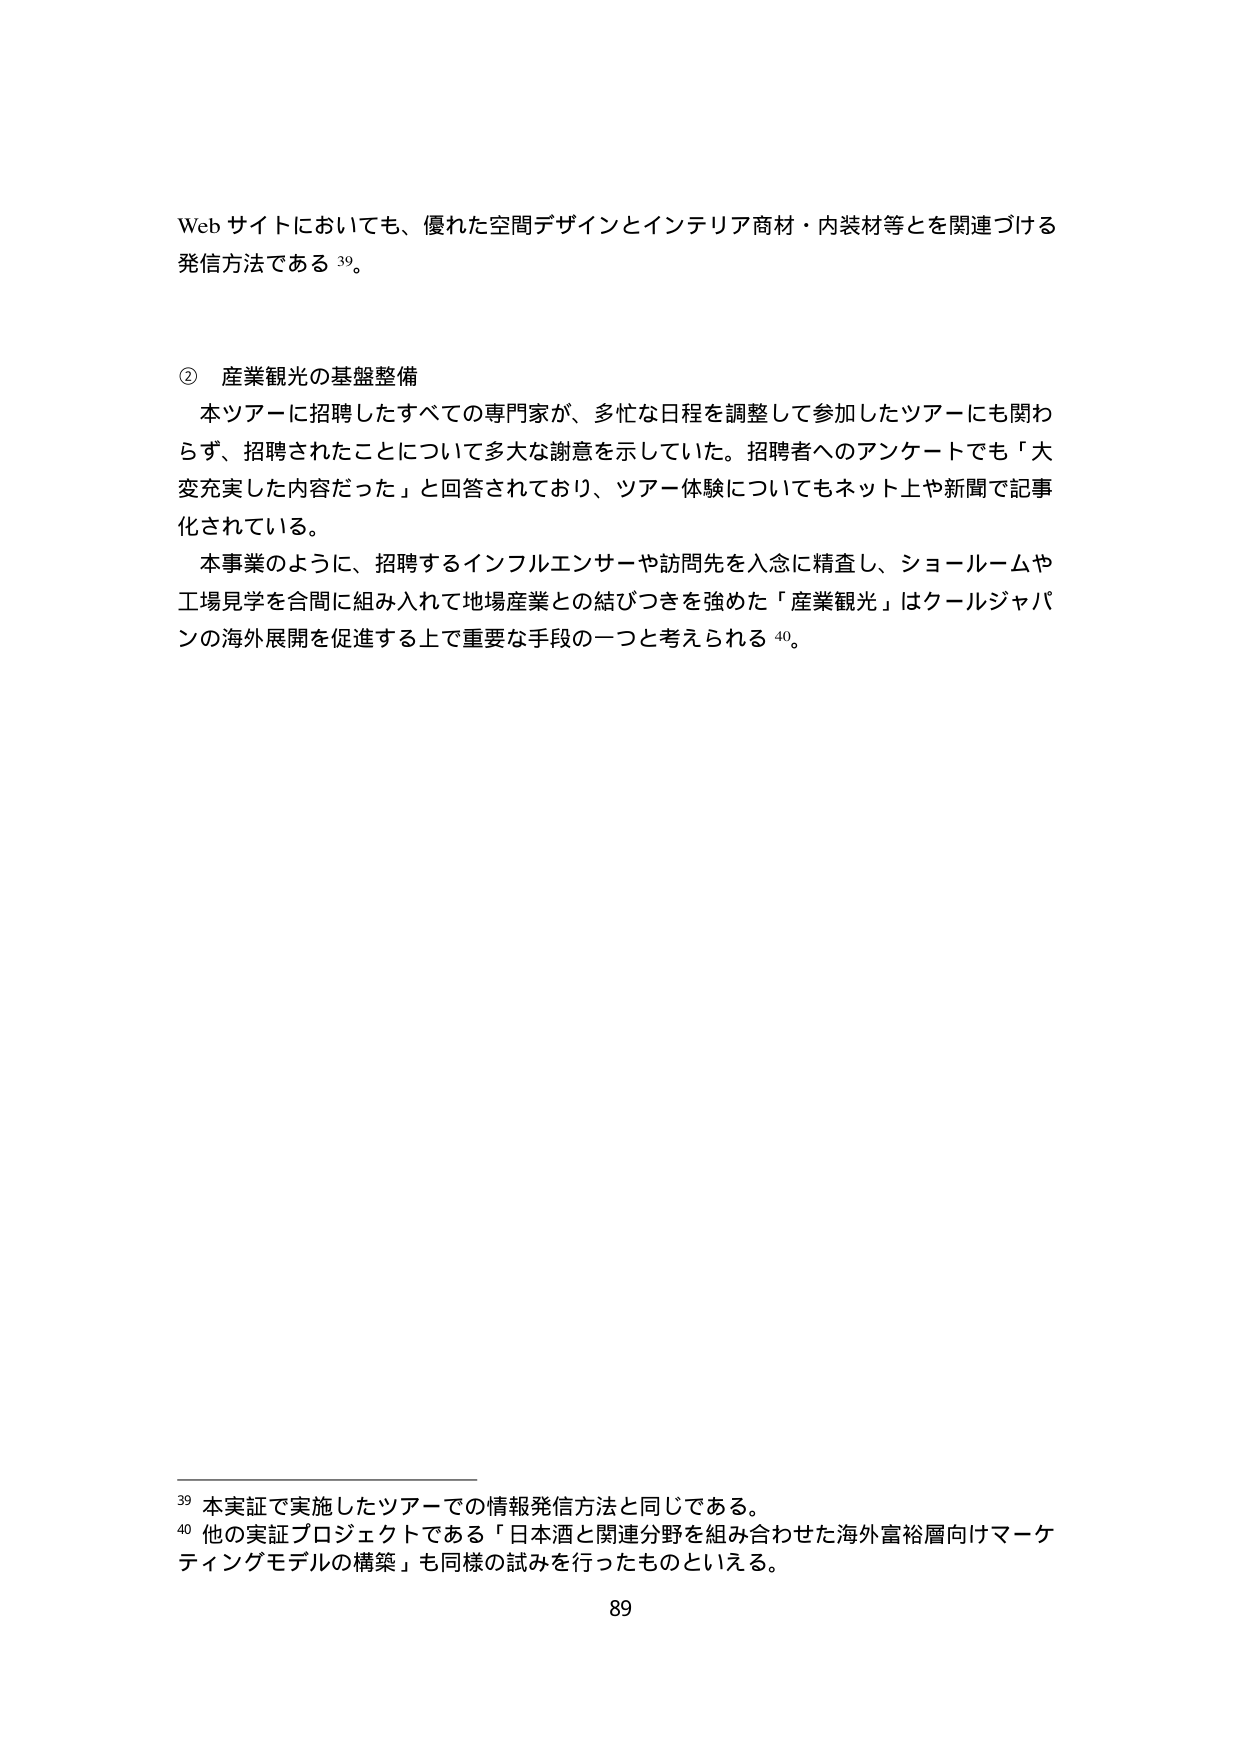
Web サイトにおいても、優れた空間デザインとインテリア商材・内装材等とを関連づける発信方法である 39。

② 産業観光の基盤整備
本ツアーに招聘したすべての専門家が、多忙な日程を調整して参加したツアーにも関わらず、招聘されたことについて多大な謝意を示していた。招聘者へのアンケートでも「大変充実した内容だった」と回答されており、ツアー体験についてもネット上や新聞で記事化されている。
本事業のように、招聘するインフルエンサーや訪問先を入念に精査し、ショールームや工場見学を合間に組み入れて地場産業との結びつきを強めた「産業観光」はクールジャパンの海外展開を促進する上で重要な手段の一つと考えられる 40。

39 本実証で実施したツアーでの情報発信方法と同じである。
40 他の実証プロジェクトである「日本酒と関連分野を組み合わせた海外富裕層向けマーケティングモデルの構築」も同様の試みを行ったものといえる。

89